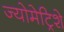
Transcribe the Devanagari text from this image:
ज्योमेट्रिशे